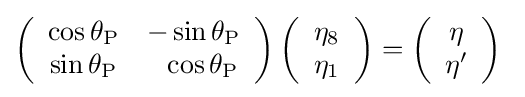
\left({\begin{array}{cc}\cos \theta _{\mathrm {P} }&-\sin \theta _{\mathrm {P} }\\\sin \theta _{\mathrm {P} }&~~\cos \theta _{\mathrm {P} }\end{array}}\right)\left({\begin{array}{c}\mathrm {\eta } _{8}\\\mathrm {\eta } _{1}\end{array}}\right)=\left({\begin{array}{c}\mathrm {\eta } \\\mathrm {\eta '} \end{array}}\right)~